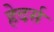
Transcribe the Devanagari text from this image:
हेदर्स